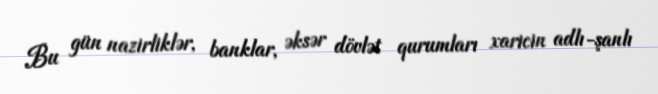
Bu gün nazirliklər, banklar, əksər dövlət qurumları xaricin adlı-şanlı